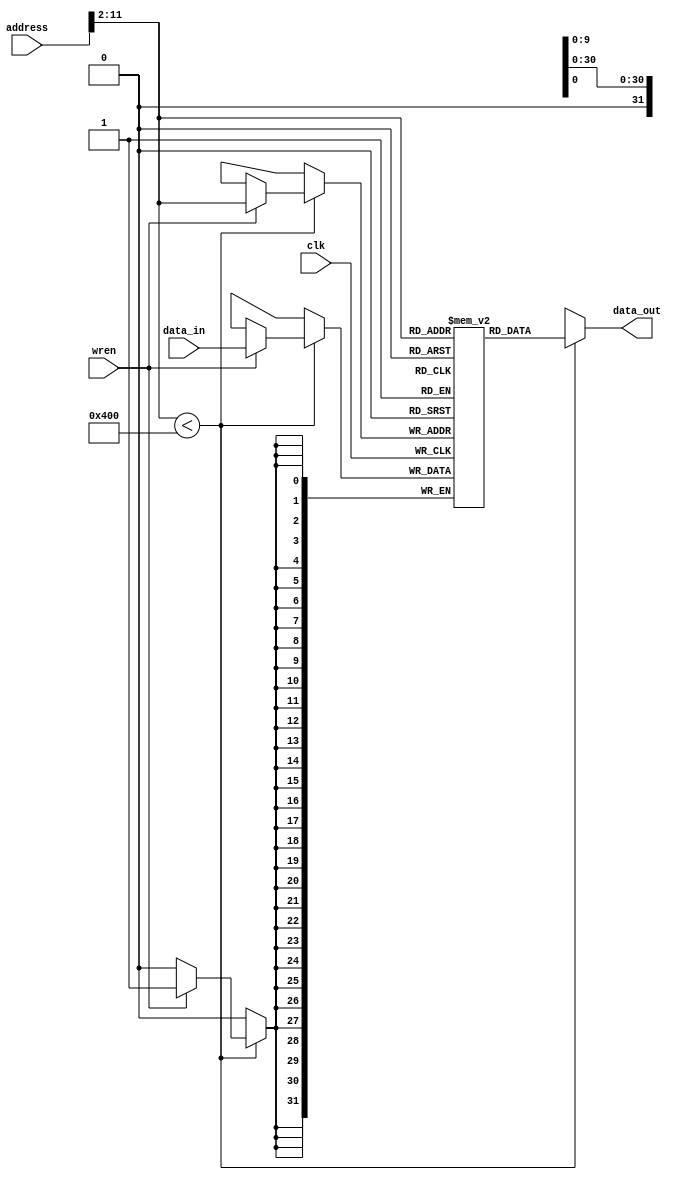
//////////////////////////////////////////////////////////////////////////////////
// Modified Date: 	Mar  3, 2016
// Description: 
//
//	
// Revision: 		2.0
// Additional Comments: 
//
//////////////////////////////////////////////////////////////////////////////////

module DataMemory (
	//INPUTs
	input clk,
	input wren,					//Write Enable
	input [31:0] address,	//Address to Register for Read/Write
	input [31:0] data_in,	//Data to be written in memory
	
	//OUTPUTs
	output [31:0] data_out 	//Data read from the memory
);
	parameter MEM_SIZE = 1024; //Data memory on 1 KWord defined per spec in practice 2
	
	reg  [31:0] Main_memory [0:MEM_SIZE-1];
	wire [11:0] real_address;  //Only 10 bits are necesary to mapp the entire data memory but 12 are necesary for word alignment
	
	assign real_address = (address[11:0] >> 2);
	
	always @(posedge clk) begin
		if(real_address < MEM_SIZE) begin
			if (wren)
				Main_memory[real_address] <= data_in;
		end
    end
	 
	 assign data_out = (real_address < MEM_SIZE) ? Main_memory[real_address] : 31'hx;
	 
endmodule